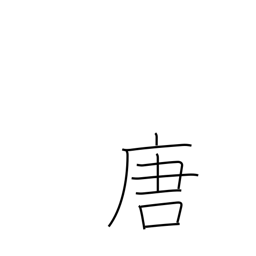
Meaning: T'ang